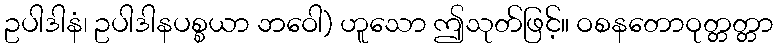
ဥပါဒါနံ၊ ဥပါဒါနပစ္စယာ ဘဝေါ) ဟူသော ဤသုတ်ဖြင့်။ ဝစနတောဝုတ္တတ္တာ